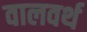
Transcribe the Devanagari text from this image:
वालवर्थ